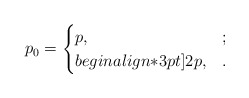
\begin{align*}p_0=\begin{cases}p,&;\\begin{align*}3pt]2p,&.\end{cases}\end{align*}